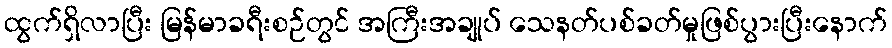
ထွက်ရှိလာပြီး မြန်မာခရီးစဉ်တွင် အကြီးအချုပ် သေနတ်ပစ်ခတ်မှုဖြစ်ပွားပြီးနောက်